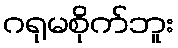
ဂရုမစိုက်ဘူး